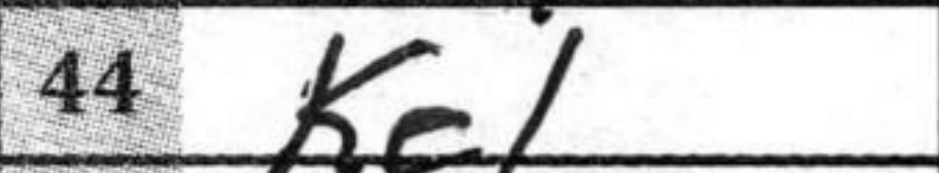
Transcription: Ke1